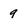
Character: 9